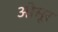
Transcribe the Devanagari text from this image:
ओसूर